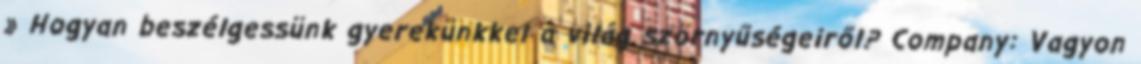
» Hogyan beszélgessünk gyerekünkkel a világ szörnyűségeiről? Company: Vagyon